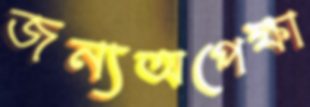
জন্যঅপেক্ষা